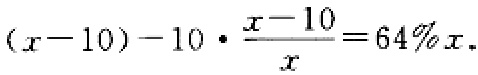
\((x - 10)-10\cdot\frac{x - 10}{x}=64\%x\)